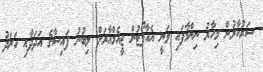
ސަރުކާރުން މިހާރު ނިންމާފައި ވަނީ އެއާޕޯޓުން ޖީއެމްއާރަށް ލިބުނު ފައިސާގެ އަދަދާއި ހަރަދު